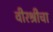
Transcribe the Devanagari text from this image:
वीरश्रीचा